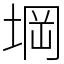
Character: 堈